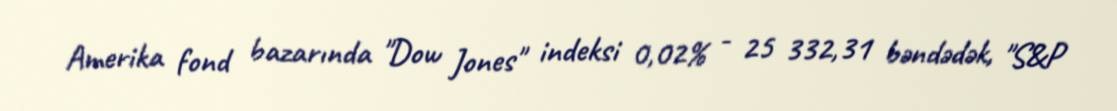
Amerika fond bazarında "Dow Jones" indeksi 0,02% - 25 332,31 bəndədək, "S&P